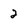
Character: 2